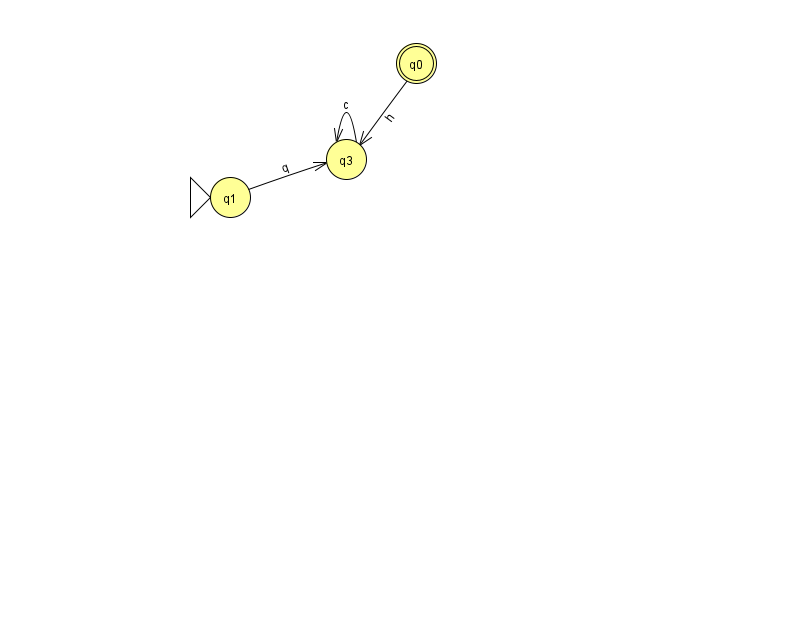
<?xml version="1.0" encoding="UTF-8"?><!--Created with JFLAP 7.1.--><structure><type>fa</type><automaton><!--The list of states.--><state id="0" name="q0"><x>416.0</x><y>50.0</y><final/></state><state id="1" name="q1"><x>230.0</x><y>184.0</y><initial/></state><state id="3" name="q3"><x>346.0</x><y>146.0</y></state><!--The list of transitions.--><transition><from>3</from><to>3</to><read>c</read></transition><transition><from>0</from><to>3</to><read>h</read></transition><transition><from>1</from><to>3</to><read>q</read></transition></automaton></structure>